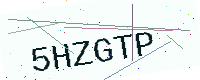
Text: 5HZGTP